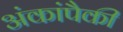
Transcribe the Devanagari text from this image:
अंकांपैकी